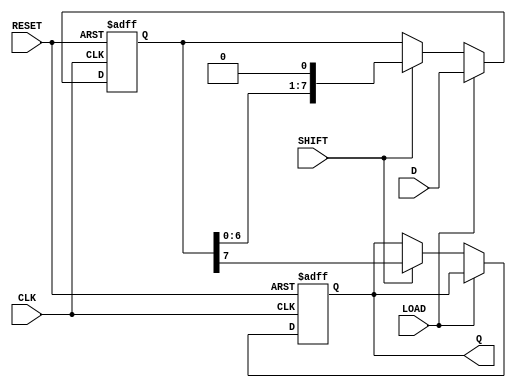
module PISO_Register #(
    parameter WIDTH = 8  // Define the width of the register
)(
    input wire [WIDTH-1:0] D,     // Parallel data input
    input wire LOAD,               // Load control signal
    input wire SHIFT,              // Shift control signal
    input wire CLK,                // Clock signal
    input wire RESET,              // Asynchronous reset signal
    output reg Q                  // Serial output
);

    // Internal shift register to hold data
    reg [WIDTH-1:0] shift_reg;

    // Asynchronous reset and synchronous load/shift operations
    always @(posedge CLK or posedge RESET) begin
        if (RESET) begin
            shift_reg <= {WIDTH{1'b0}}; // Reset all bits to 0
            Q <= 1'b0;                  // Reset Q to 0
        end else begin
            if (LOAD) begin
                shift_reg <= D;         // Load parallel data
            end else if (SHIFT) begin
                Q <= shift_reg[WIDTH-1]; // Output the MSB to Q
                shift_reg <= {shift_reg[WIDTH-2:0], 1'b0}; // Shift left
            end
        end
    end

endmodule